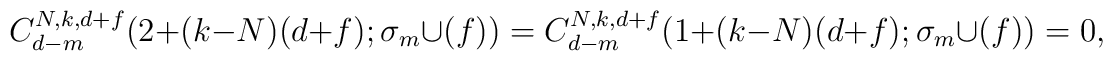
C_{d-m}^{N,k,d+f}(2+(k-N)(d+f);\sigma_{m}\cup(f))=C_{d-m}^{N,k,d+f}(1+(k-N)(d+f);\sigma_{m}\cup(f))=0,